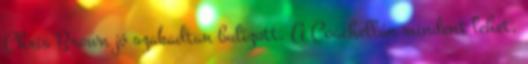
Chris Brown jó szakadtan bulizott. A Coachellán mindent lehet.